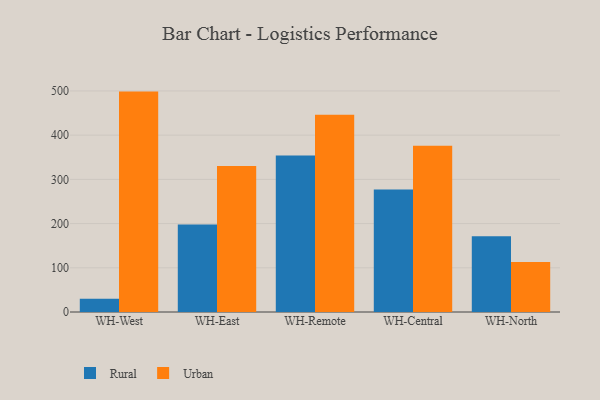
{"axis": {"x": "Warehouse", "y": "Backlog"}, "legend": ["Rural", "Urban"], "data": [{"x": "WH-West", "y": 30.0, "type": "Rural"}, {"x": "WH-West", "y": 498.5, "type": "Urban"}, {"x": "WH-East", "y": 197.8, "type": "Rural"}, {"x": "WH-East", "y": 330.2, "type": "Urban"}, {"x": "WH-Remote", "y": 353.8, "type": "Rural"}, {"x": "WH-Remote", "y": 446.0, "type": "Urban"}, {"x": "WH-Central", "y": 277.3, "type": "Rural"}, {"x": "WH-Central", "y": 376.3, "type": "Urban"}, {"x": "WH-North", "y": 171.4, "type": "Rural"}, {"x": "WH-North", "y": 113.3, "type": "Urban"}]}